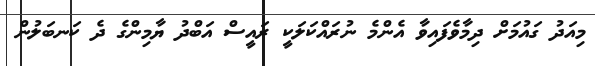
މިއަދު ގައުމަށް ދިމާވެފައިވާ އެންމެ ނުރައްކަލަކީ ރައީސް އަބްދު ޔާމިންގެ ދެ ކަނބަލުން